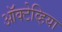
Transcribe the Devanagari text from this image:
ऑक्टेव्हिया